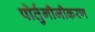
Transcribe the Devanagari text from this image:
पोर्तुगीजीकरण